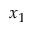
x _ { 1 }